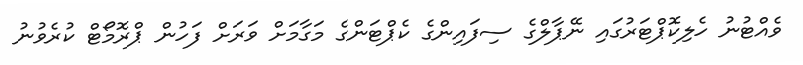
ވެއްޓުނު ހެލިކޮޕްޓަރުގައި ނޭޕާލްގެ ސިފައިންގެ ކެޕްޓަންގެ މަގާމަށް ވަރަށް ފަހުން ޕްރޮމޯޓް ކުރެވުނު